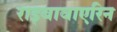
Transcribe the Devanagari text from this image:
राइबावाएरिन